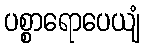
ပစ္စာရောပေယျံ